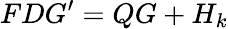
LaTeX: FDG^{\prime}=QG+H_{k}